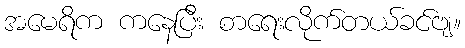
အမေရိက ကနေပြီး စာရေးလိုက်တယ်ခင်ဗျ။